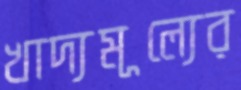
খাদ্যমূল্যের